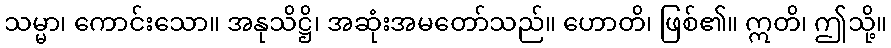
သမ္မာ၊ ကောင်းသော။ အနုသိဋ္ဌိ၊ အဆုံးအမတော်သည်။ ဟောတိ၊ ဖြစ်၏။ ဣတိ၊ ဤသို့။